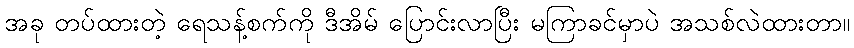
အခု တပ်ထားတဲ့ ရေသန့်စက်ကို ဒီအိမ် ပြောင်းလာပြီး မကြာခင်မှာပဲ အသစ်လဲထားတာ။